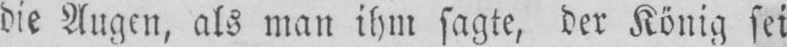
die Augen, als man ihm sagte, der König sei